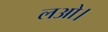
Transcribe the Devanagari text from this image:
लओ।